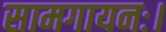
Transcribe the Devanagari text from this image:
सामगायनः।